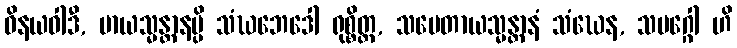
ဝိနယဝါဒီ, မာယသ္မန္တာနမ္ပိ သံဃဘေဒေါ ရုစ္စိတ္ထ, သမေတာယသ္မန္တာနံ သံဃေန, သမဂ္ဂေါ ဟိ